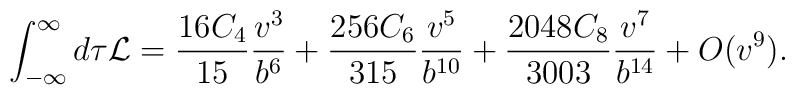
\int_{-\infty}^\infty d \tau {\cal L} =\frac{16 C_4}{15} \frac{v^3}{b^6}+ \frac{256 C_6}{315} \frac{v^5}{b^{10}} + \frac{2048 C_8}{3003} \frac{v^7}{b^{14}}+ O(v^9).